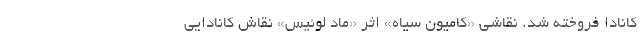
کانادا فروخته شد. نقاشی «کامیون سیاه» اثر «ماد لوئیس»‌ نقاش کانادایی